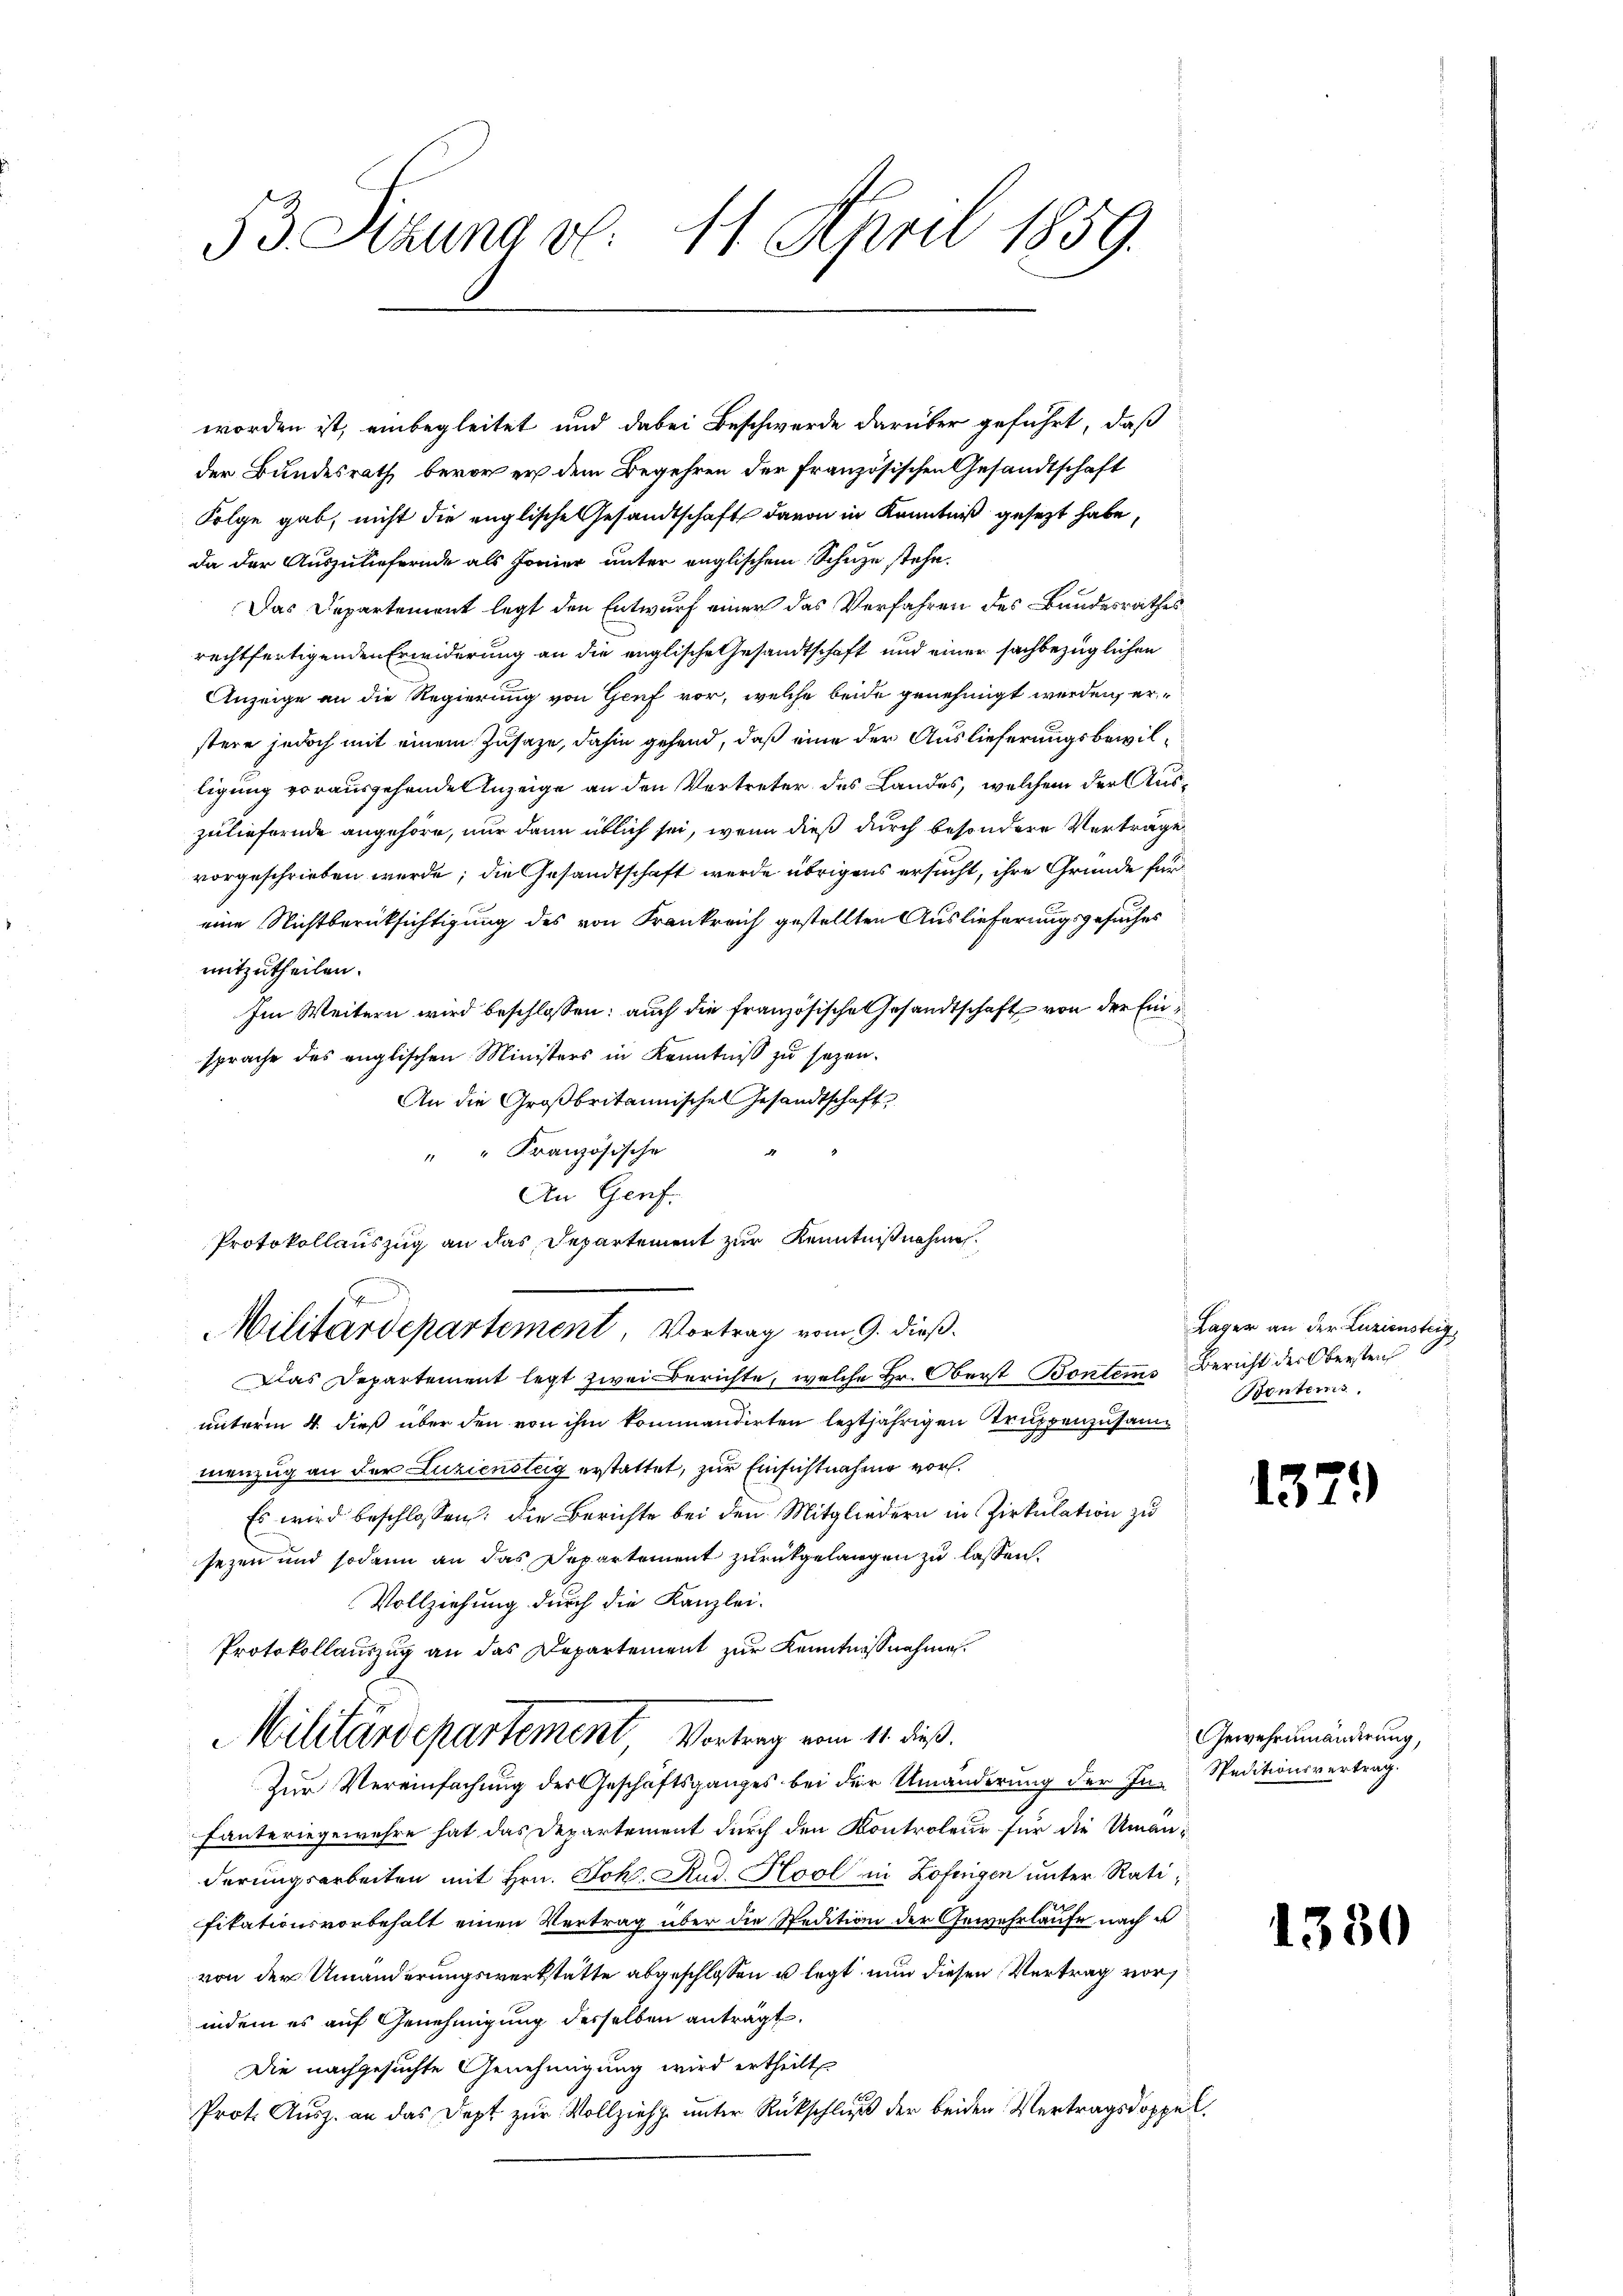
53 Sizung v. 11. April 1859.

worden ist, einbegleitet und dabei Beschwerde darüber geführt, daß
der Bundesrath bevor er dem Begehren der französischen Gesandtschaft
Folge gab, nicht die englische Gesandtschaft davon in Kenntniß gesezt habe,
da der Auszuliefernde als Forier unter englischem Schuze stehe.
Das Departement legt den Entwurf einer das Verfahren des Bundesrathes
rechtfertigenden Erwiderung an die englische Gesandtschaft und einer sachbezüglichen
Anzeige an die Regierung von Genf vor, welche beide genehmigt werden, erstere jedoch mit einem Zusage, dahin gehend, daß eine der Auslieferungsbewilligung vorausgehenden Anzeige an den Vertreter des Landes, welchem der Auszuliefernde angehöre, nur dann üblich sei, wenn dieß durch besondere Verträge
vorgeschrieben werde; die Gesandtschaft werde übrigens ersucht, ihre Gründe für
eine Nichtberücksichtigung des von Frankreich gestellten Auslieferungsgesuches
mitzutheilen.
Im Weitern wird beschlossen: auch die französische Gesandtschaft von der Einsprache des englischen Ministers in Kenntniß zu sezen.
An die Großbritannische Gesandtschaft
" " Französische
An Genf.
Das Departement legt zwei Berichte, welche Hr. Oberst Bontens Bericht der Obersteh
unterm 4. dieß über den von ihm kommandirten leztjährigen Truppenzusammenzug an der Luziensteig erstattet, zur Einsichtnahme vor¬
Es wird beschlossen: die Berichte bei den Mitgliedern in Zirkulation zu
sezen und sodann an das Departement zurückgelangen zu lassen.
Vollziehung durch die Kanzlei-
Protokollauszug an das Departement zur Kenntnißnahme.
MMilitärdepartement vom 1. ß.
Zur Vereinfachung des Geschäftsganges bei der Umänderung der In- Speditionsvertrag.
Fanteriegewehre hat das Departement durch den Kontroleur für die Umanderungsarbeiten mit Hrn. Joh. Rud. Kool in Zofingen unter Ratifikationsvorbehalt einen Vertrag über die Spedition der Gewehrlaufe nach u
von der Umänderungswerkstatte abgeschlossen u legt nun diesen Vertrag vor
indem es auf Genehmigung desselben anträgt.
Die nachgesuchte Genehmigung wird ertheilt.
Prot. Ausz. an das Dept zur Vollziehe unter Rückschluß der beiden Vertragsdoppel¬

Protokollauszug an das Departement zur Kenntnißnahme.
.
Militärdepartement, Vortrag vom 9. dieß.

ach

Lager an der Luziensteig
Benters.

13

Gewehrumänderung,

1380